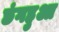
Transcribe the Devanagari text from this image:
छंगहुआ